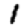
Digit: 1